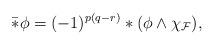
LaTeX: \begin{align*}\bar * \phi = (-1)^{p(q-r)}*(\phi\wedge\chi_{\mathcal F}),\end{align*}